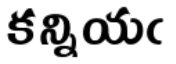
కన్నియఁ